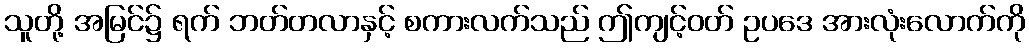
သူတို့ အမြင်၌ ရက် ဘတ်တလာနှင့် စကားလက်သည် ဤကျင့်ဝတ် ဥပဒေ အားလုံးလောက်ကို